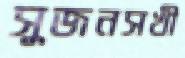
সুজনসখী